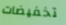
تخفيضات